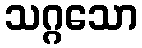
သဂ္ဂသော